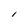
Character: l